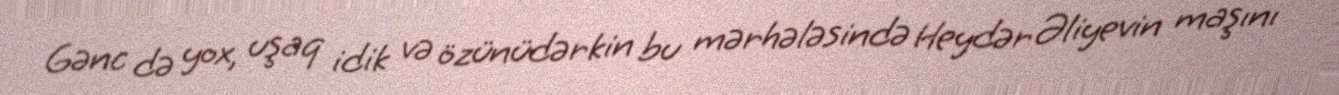
Gənc də yox, uşaq idik və özünüdərkin bu mərhələsində Heydər Əliyevin maşını